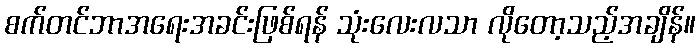
စက်တင်ဘာအရေးအခင်းဖြစ်ရန် သုံးလေးလသာ လိုတော့သည့်အချိန်။